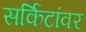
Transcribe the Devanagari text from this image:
सर्किटांवर